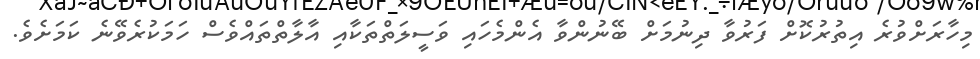
މިހާރަށްވުރެ އިތުރުކޮށް ފަރުވާ ދިނުމަށް ބޭނުންވާ އެންމެހައި ވަސީލަތްތަކާއި އާލާތްތައްވެސް ހަމަކުރެވޭނެ ކަމަށެވެ.